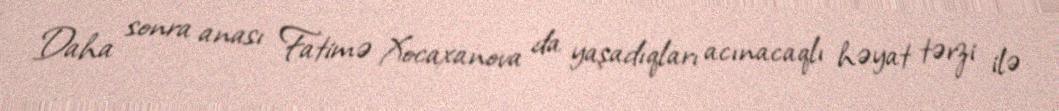
Daha sonra anası Fatimə Xocaxanova da yaşadıqları acınacaqlı həyat tərzi ilə